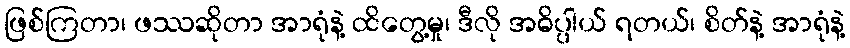
ဖြစ်ကြတာ၊ ဖဿဆိုတာ အာရုံနဲ့ ထိတွေ့မှု၊ ဒီလို အဓိပ္ပါယ် ရတယ်၊ စိတ်နဲ့ အာရုံနဲ့